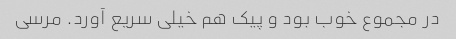
در مجموع خوب بود و پیک هم خیلی سریع آورد. مرسی